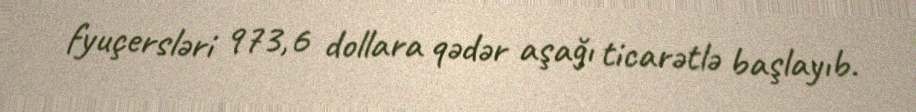
fyuçersləri 973,6 dollara qədər aşağı ticarətlə başlayıb.